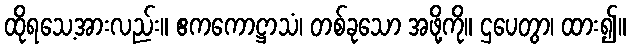
ထိုရသေ့အားလည်း။ ဧကကောဋ္ဌာသံ၊ တစ်ခုသော အဖို့ကို။ ဌပေတွာ၊ ထား၍။